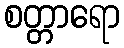
စတ္တာရော